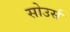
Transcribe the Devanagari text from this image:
सोउर्स